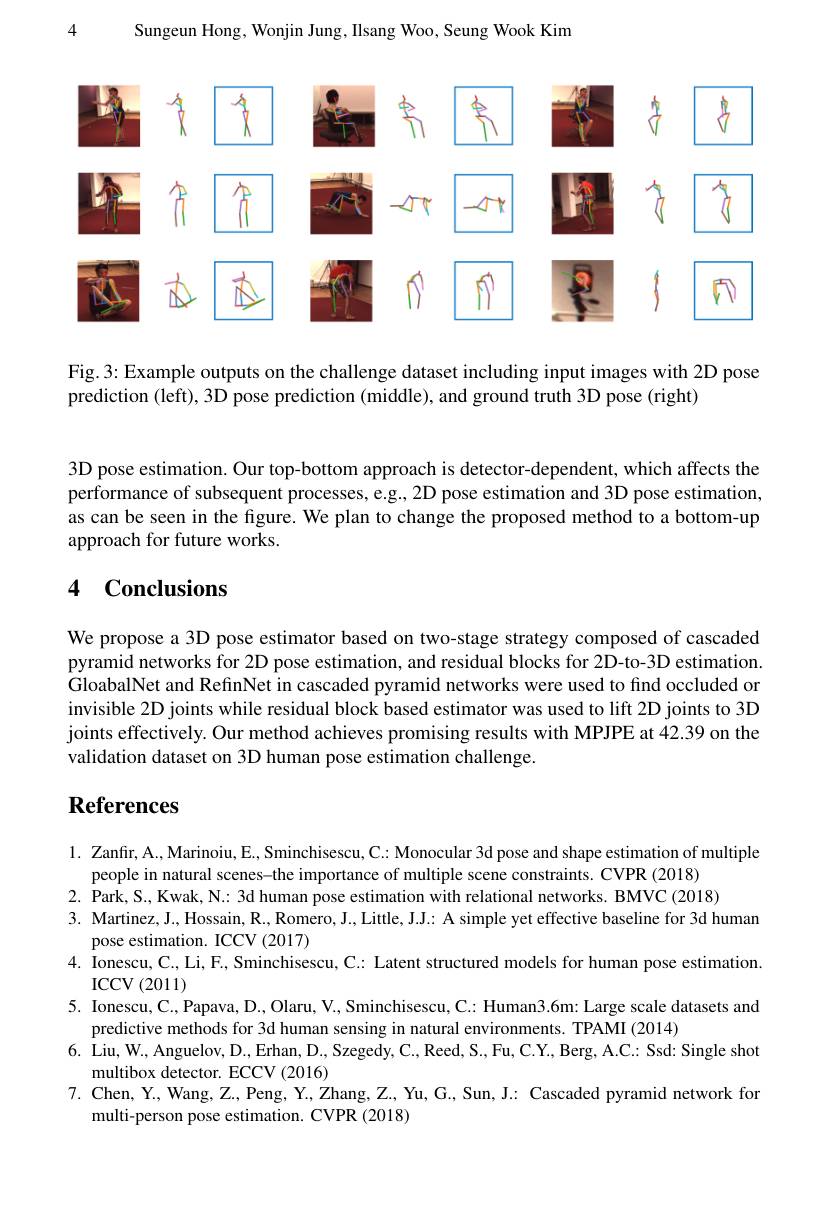
Sungeun Hong, Wonjin Jung, Ilsang Woo, Seung Wook Kim

<FigureHere>

Fig. 3: Example outputs on the challenge dataset including input images with 2D pose
prediction (left), 3D pose prediction (middle), and ground truth 3D pose (right)

3D pose estimation. Our top-bottom approach is detector-dependent, which affects the performance of subsequent processes, e.g., 2D pose estimation and 3D pose estimation, as can be seen in the figure. We plan to change the proposed method to a bottom-up approach for future works.

# 4 Conclusions

We propose a 3D pose estimator based on two-stage strategy composed of cascaded pyramid networks for 2D pose estimation, and residual blocks for 2D-to-3D estimation. GloabalNet and RefinNet in cascaded pyramid networks were used to find occluded or invisible 2D joints while residual block based estimator was used to lift 2D joints to 3D joints effectively. Our method achieves promising results with MPJPE at 42.39 on the validation dataset on 3D human pose estimation challenge.

# $\textbf{References}$

1. Zanfır, A., Marinoiu, E., Sminchisescu, C.: Monocular 3d pose and shape estimation of multiple
people in natural scenes-the importance of multiple scene constraints. CVPR (2018)
2. Park, S., Kwak, N.: 3d human pose estimation with relational networks. BMVC (2018)
3. Martinez, J., Hossain, R., Romero, J., Little, JJ: A simple yet effective baseline for 3d human
pose estimation. ICCV (2017)
4. Ionescu, C., Li, F., Sminchisescu, C.: Latent structured models for human pose estimation.
ICCV$\left ( 2011\right )$
5. Ionescu, C., Papava, D., Olaru, V., Sminchisescu, C.: Human3.6m: Large scale datasets and
predictive methods for 3d human sensing in natural environments. TPAMI (2014)
6. Liu, W., Anguelov, D., Erhan, D., Szegedy, C., Reed, S., Fu, C.Y., Berg, A.C.: Ssd: Single shot
multibox detector. ECCV (2016)
7. Chen, Y., Wang, Z.., Peng, Y., Zhang, Z., Yu, G., Sun, J.: Cascaded pyramid network for
multi-person pose estimation. CVPR (2018)